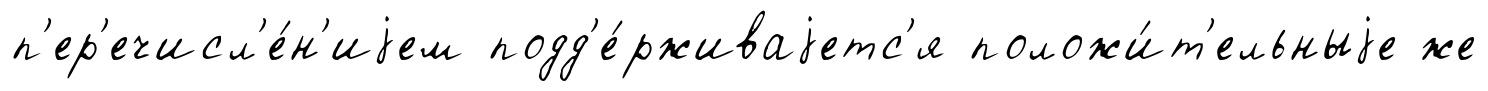
п'ер'ечисл'е́н'иjем подд'е́рживаjетс'я положи́т'ельныjе же